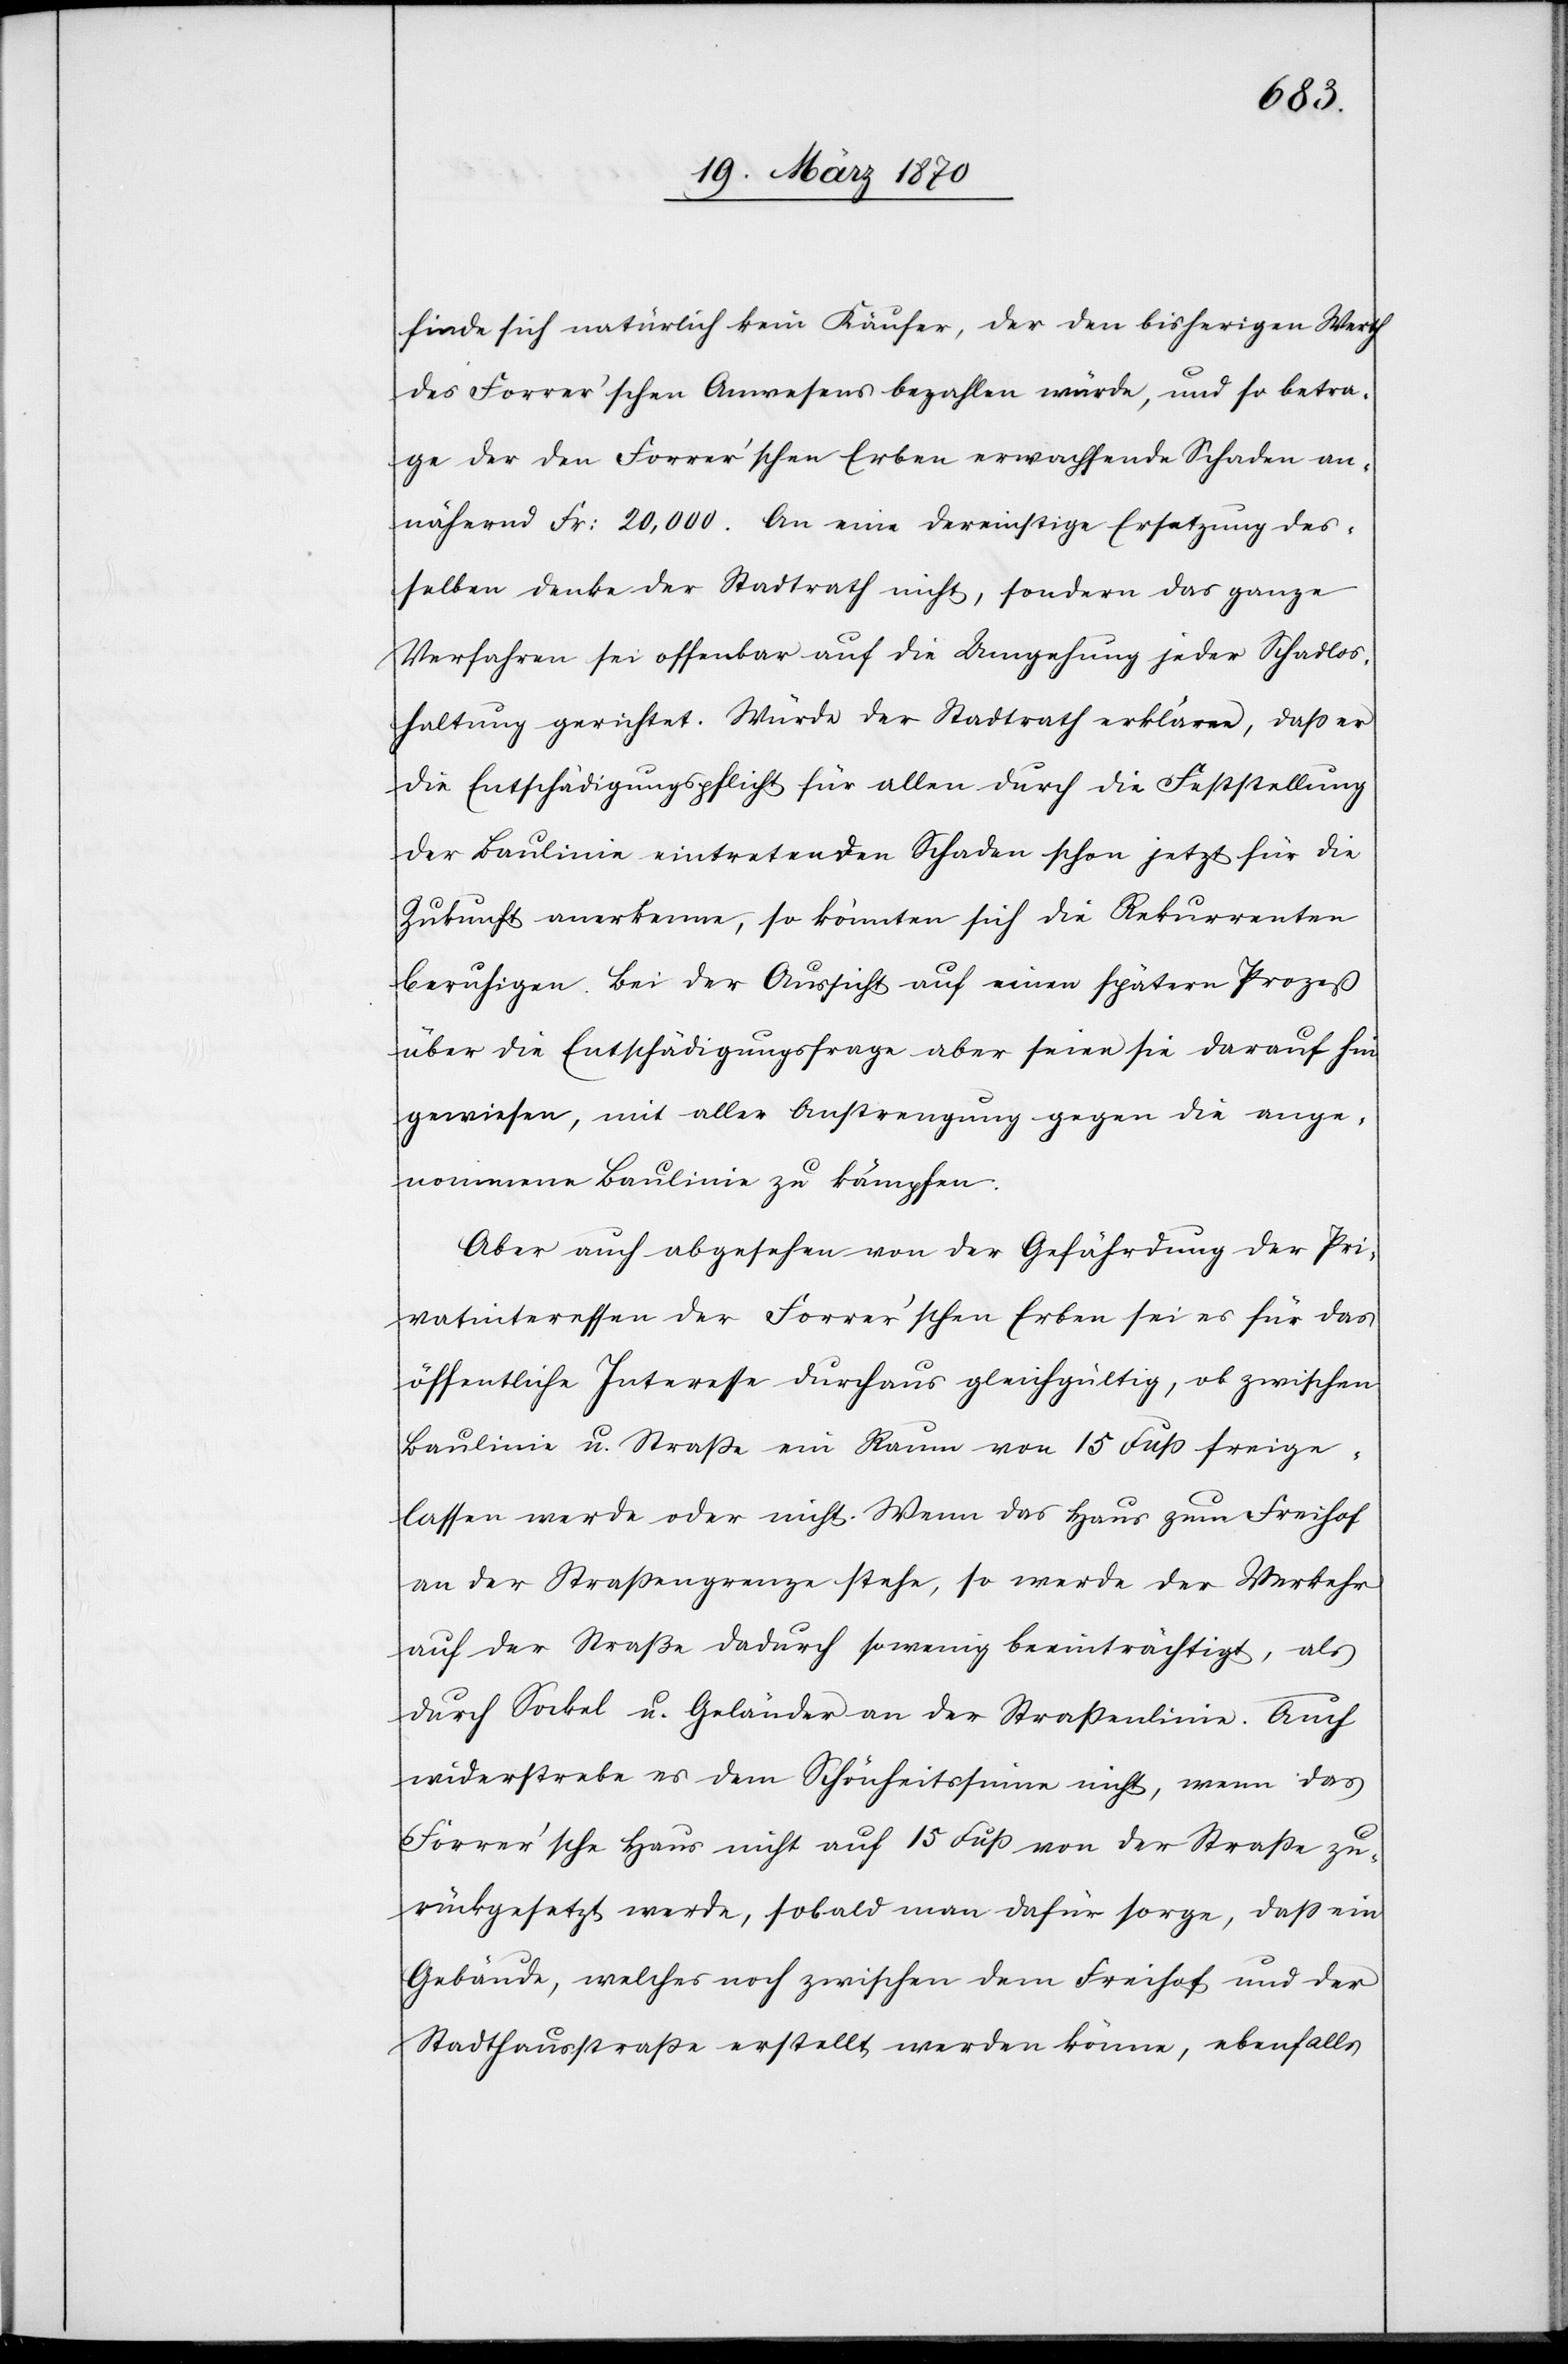
finde sich natürlich kein Käufer, der den bisherigen Werth
des Forrer’schen Anwesens bezahlen würde, und so betra¬
ge der den Forrer’schen Erben erwachsende Schaden an¬
nähernd Fr: 20,000. An eine dereinstige Ersetzung des¬
selben denke der Stadtrath nicht, sondern das ganze
Verfahren sei offenbar auf die Umgehung jeder Schadlos¬
haltung gerichtet. Würde der Stadtrath erklären, daß er
die Entschädigungspflicht für allen durch die Feststellung
der Baulinie eintretenden Schaden schon jetzt für die
Zukunft anerkenne, so könnten sich die Rekurrenten
beruhigen. Bei der Aussicht auf einen spätern Prozeß
über die Entschädigungsfrage aber seien sie darauf hin
gewiesen, mit aller Anstrengung gegen die ange¬
nommene Baulinie zu kämpfen.
Aber auch abgesehen von der Gefährdung der Pri¬
vatinteressen der Forrer’schen Erben sei es für das
öffentliche Interesse durchaus gleichgültig, ob zwischen
Baulinie u. Straße ein Raum von 15 Fuß freige¬
lassen werde oder nicht. Wenn das Haus zum Freihof
an der Straßengrenze stehe, so werde der Verkehr
auf der Straße dadurch so wenig beeinträchtigt, als
durch Sockel u. Geländer an der Straßenlinie. Auch
widerspreche es dem Schönheitssinne nicht, wenn das
Forrer’sche Haus nicht auf 15 Fuß von der Straße zu¬
rückgesetzt werde, sobald man dafür sorge, daß ein
Gebäude, welches noch zwischen dem Freihof und der
Stadthausstraße erstellt werden könne, ebenfalls